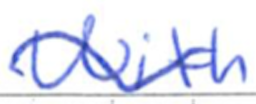
Text: With
Cross-out: wave
Writing tool: ballpoint